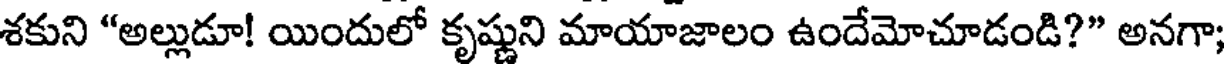
శకుని "అల్లుడూ! యిందులో కృష్ణుని మాయాజాలం ఉందేమోచూడండి?" అనగా;